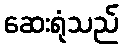
ဆေးရုံသည်